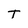
Character: T